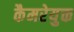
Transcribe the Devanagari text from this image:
कैमरेयुक्त